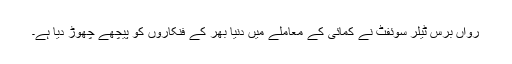
رواں برس ٹیلر سوئفٹ نے کمائی کے معاملے میں دنیا بھر کے فنکاروں کو پیچھے چھوڑ دیا ہے۔